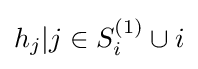
{h_{j}|j\in S_{i}^{(1)}\cup {i}}